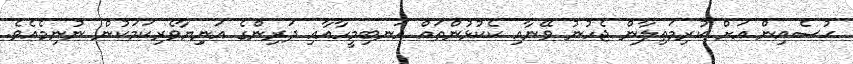
ޙުސެއިން އަށް ކުރިމަތިލާން ޖެހުނު ވޭނާއި ކެކުޅުންތައް އަނބިމީހާއާއި ދަރިންގެ އަނިިޔާވެރިކަމަކުން ނުނިމެއެވެ.